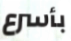
بأسرع